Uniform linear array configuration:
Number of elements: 4
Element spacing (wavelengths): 0.75
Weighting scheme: binomial
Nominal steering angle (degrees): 15
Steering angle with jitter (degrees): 14.962
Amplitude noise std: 0.05
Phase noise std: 0.05

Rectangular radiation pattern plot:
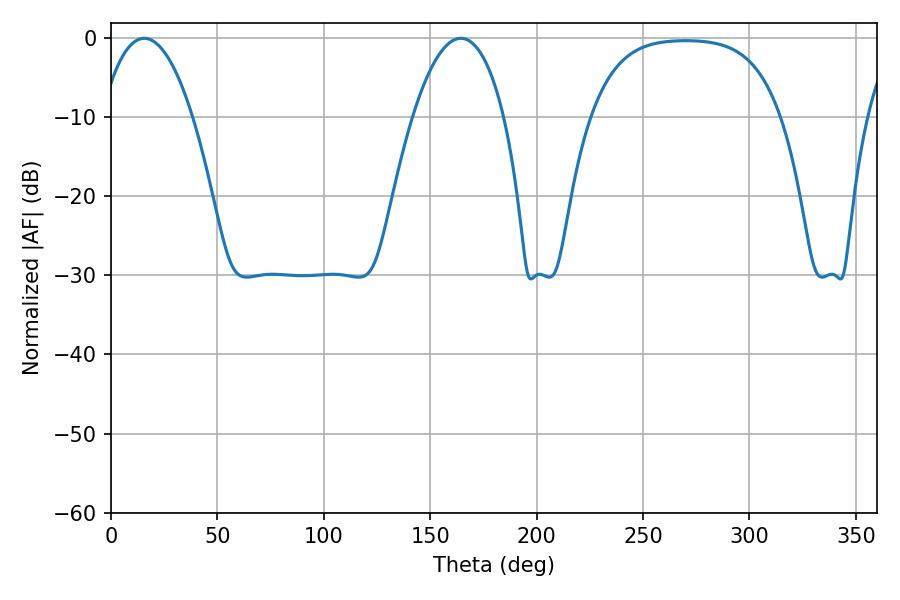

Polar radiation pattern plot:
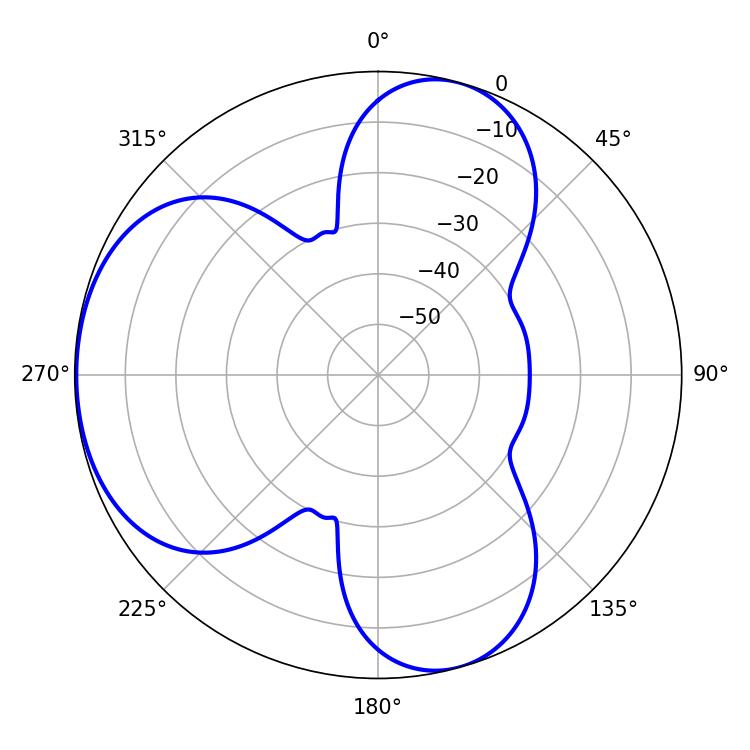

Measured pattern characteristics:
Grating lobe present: TRUE
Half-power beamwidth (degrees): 23.76
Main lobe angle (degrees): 15.66